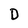
Character: D